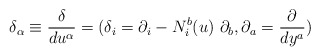
\begin{align*}{\delta }_{\alpha }\equiv \frac{\delta }{du^{\alpha }}=(\delta _{i}=\partial_{i}-N_{i}^{b}(u)\ \partial _{b},\partial _{a}=\frac{\partial }{dy^{a}})\end{align*}